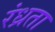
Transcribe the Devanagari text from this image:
रंध्रता